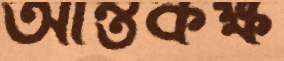
আন্তকক্ষ